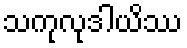
သကုလုဒါယိဿ